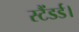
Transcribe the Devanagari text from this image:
स्टैंडर्ड।